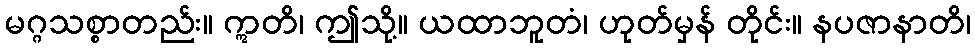
မဂ္ဂသစ္စာတည်း။ ဣတိ၊ ဤသို့။ ယထာဘူတံ၊ ဟုတ်မှန် တိုင်း။ နပဇာနာတိ၊